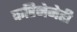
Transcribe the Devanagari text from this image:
करिनेनेही